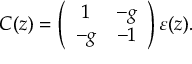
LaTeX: C ( z ) = \left( \begin{array} { c c } { { 1 } } & { { - g } } \\ { { - g } } & { { - 1 } } \end{array} \right) \varepsilon ( z ) .